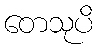
တေသုပိ